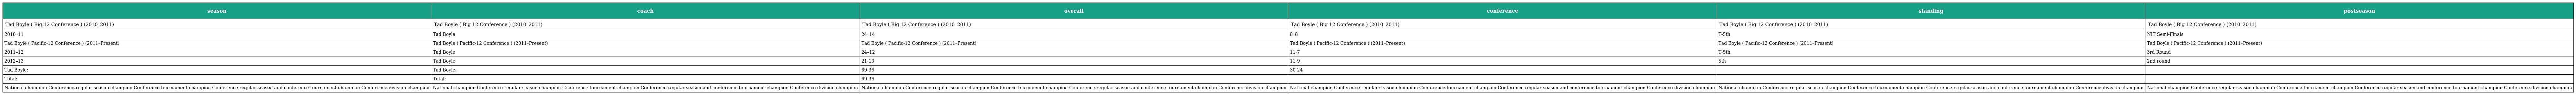
| season | coach | overall | conference | standing | postseason |
 | --- | --- | --- | --- | --- | --- |
 | Tad Boyle ( Big 12 Conference ) (2010–2011) | Tad Boyle ( Big 12 Conference ) (2010–2011) | Tad Boyle ( Big 12 Conference ) (2010–2011) | Tad Boyle ( Big 12 Conference ) (2010–2011) | Tad Boyle ( Big 12 Conference ) (2010–2011) | Tad Boyle ( Big 12 Conference ) (2010–2011) |
 | 2010–11 | Tad Boyle | 24–14 | 8–8 | T-5th | NIT Semi-Finals |
 | Tad Boyle ( Pacific-12 Conference ) (2011–Present) | Tad Boyle ( Pacific-12 Conference ) (2011–Present) | Tad Boyle ( Pacific-12 Conference ) (2011–Present) | Tad Boyle ( Pacific-12 Conference ) (2011–Present) | Tad Boyle ( Pacific-12 Conference ) (2011–Present) | Tad Boyle ( Pacific-12 Conference ) (2011–Present) |
 | 2011–12 | Tad Boyle | 24–12 | 11-7 | T-5th | 3rd Round |
 | 2012–13 | Tad Boyle | 21-10 | 11-9 | 5th | 2nd round |
 | Tad Boyle: | Tad Boyle: | 69-36 | 30-24 |  |  |
 | Total: | Total: | 69-36 |  |  |  |
 | National champion Conference regular season champion Conference tournament champion Conference regular season and conference tournament champion Conference division champion | National champion Conference regular season champion Conference tournament champion Conference regular season and conference tournament champion Conference division champion | National champion Conference regular season champion Conference tournament champion Conference regular season and conference tournament champion Conference division champion | National champion Conference regular season champion Conference tournament champion Conference regular season and conference tournament champion Conference division champion | National champion Conference regular season champion Conference tournament champion Conference regular season and conference tournament champion Conference division champion | National champion Conference regular season champion Conference tournament champion Conference regular season and conference tournament champion Conference division champion |